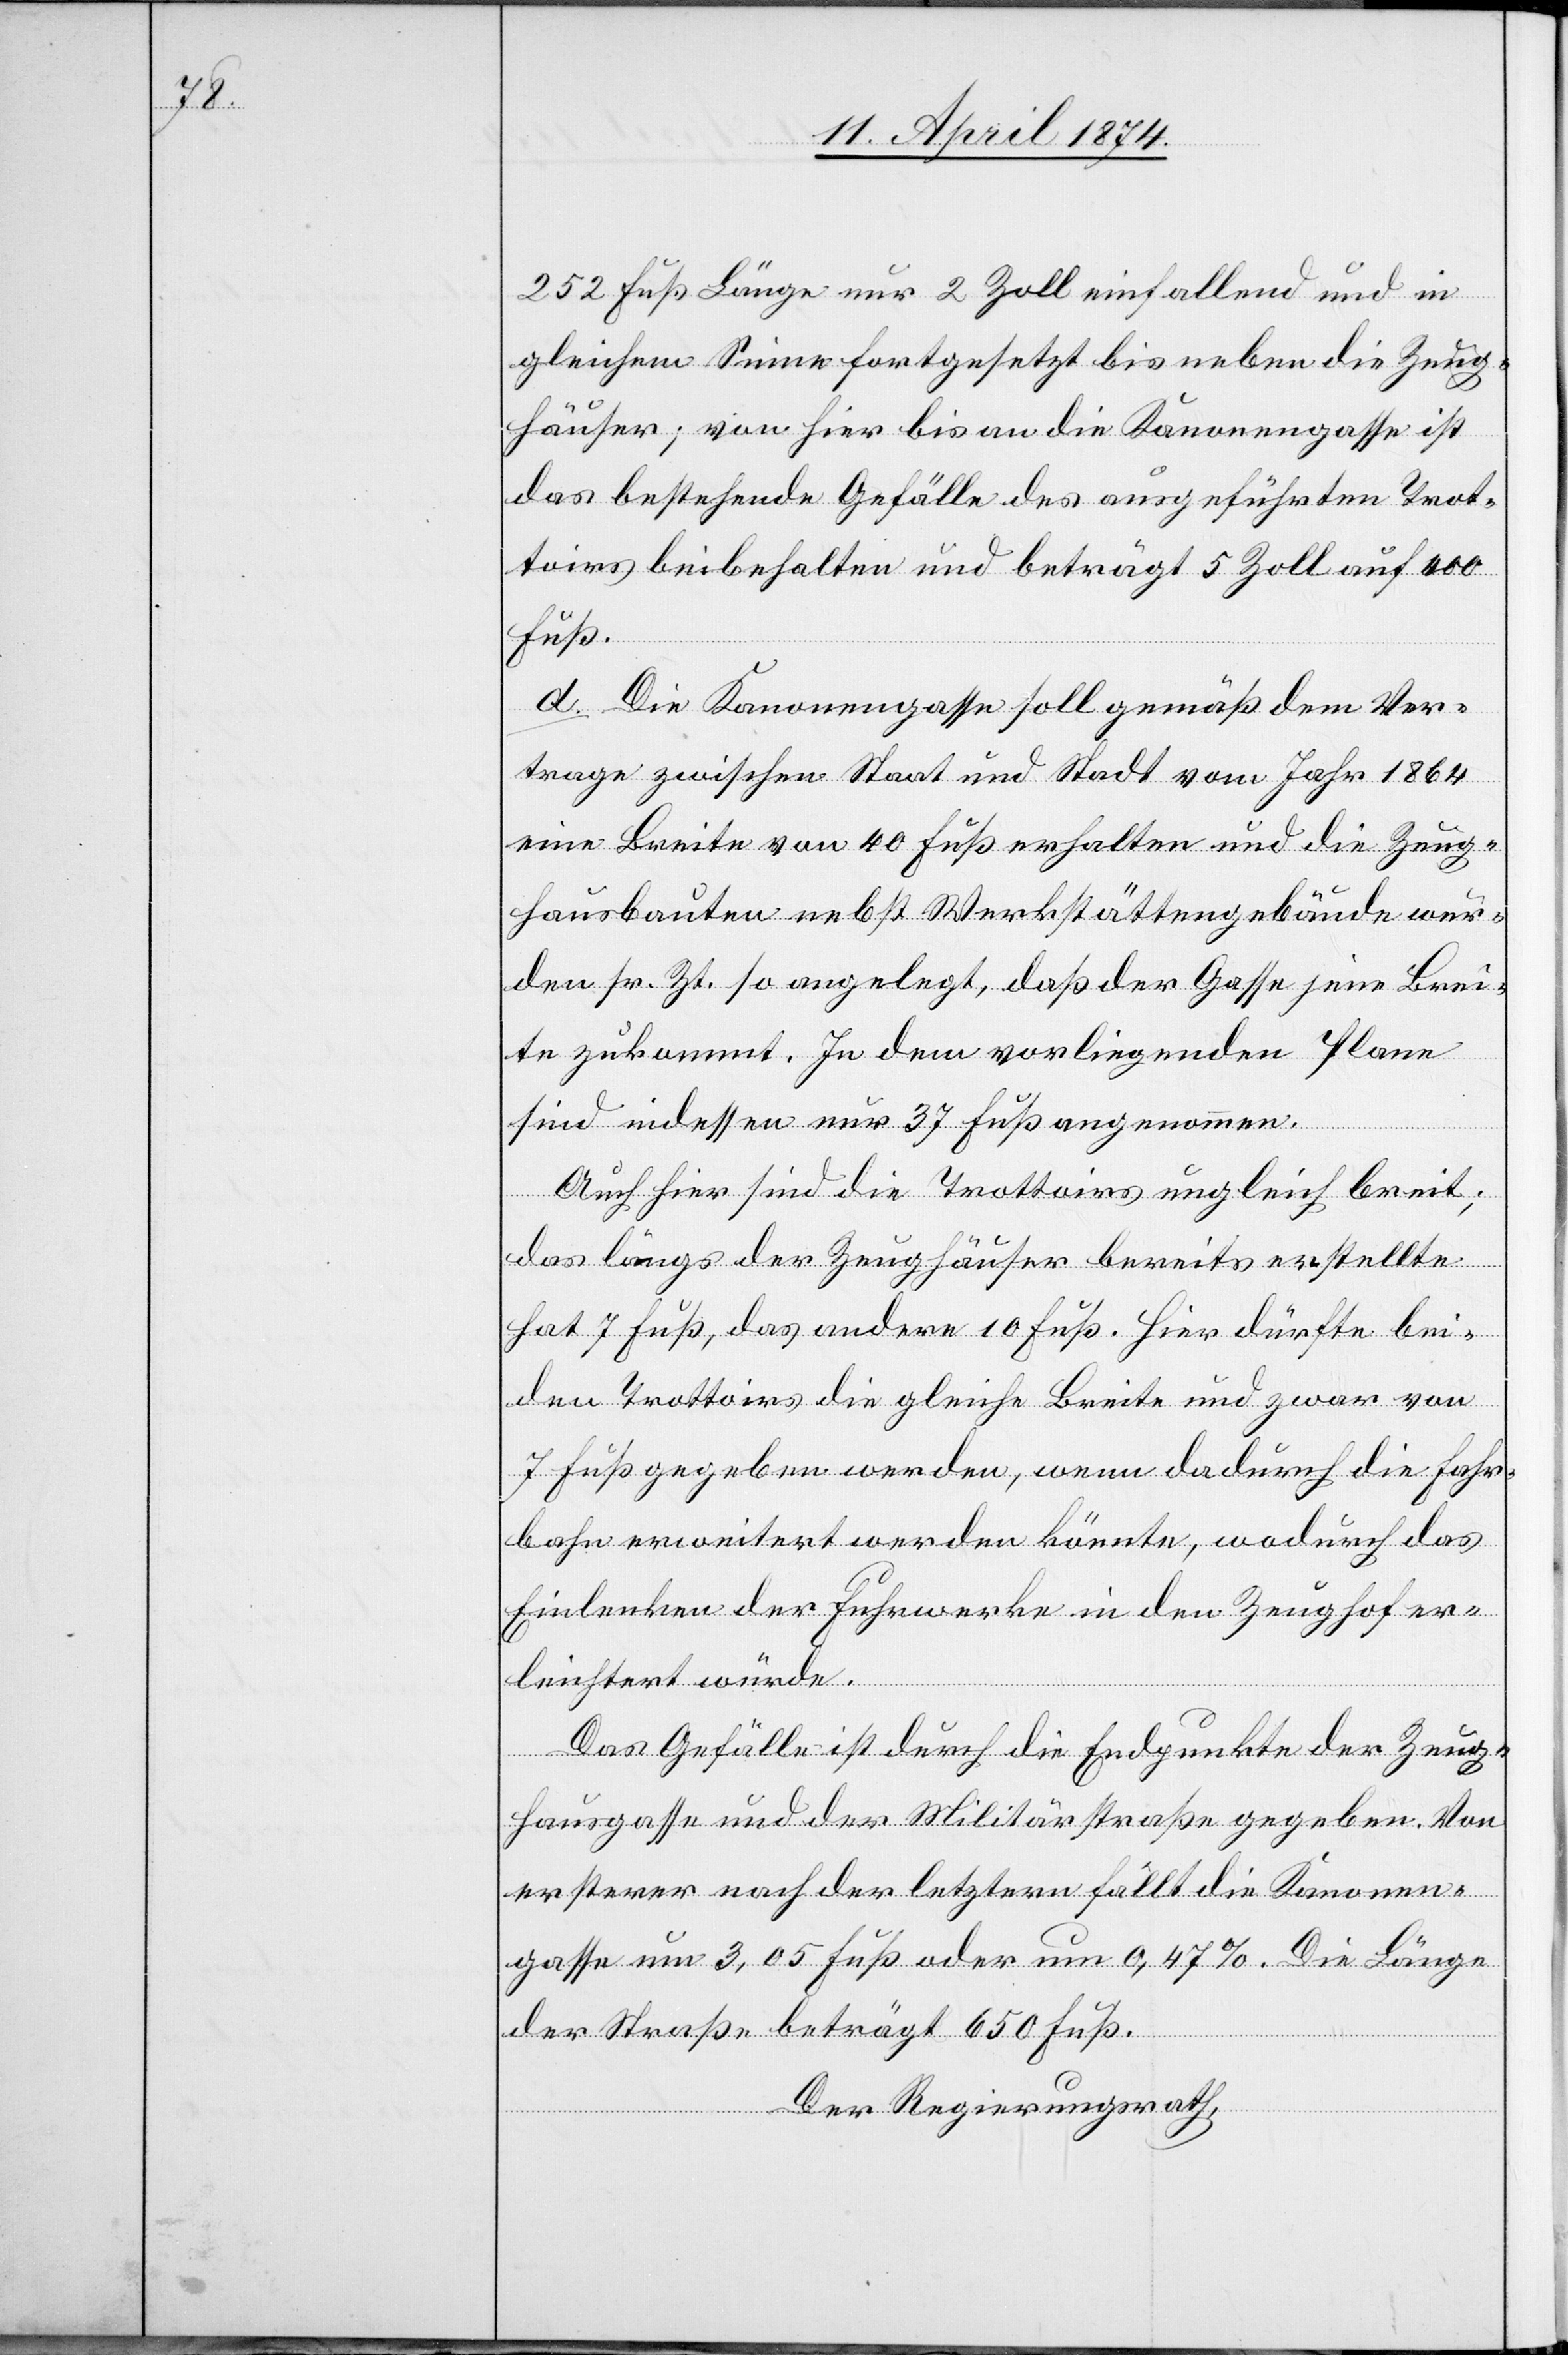
252 Fuß Länge nur 2 Zoll einfallend und in
gleichem Sinne fortgesetzt bis neben die Zeug¬
häuser; von hier bis an die Kanonengasse ist
das bestehende Gefälle des ausgeführten Trot¬
toirs beibehalten und beträgt 5 Zoll auf 400
Fuß.
d. Die Kanonengasse soll gemäß dem Ver¬
trage zwischen Staat und Stadt vom Jahr 1864
eine Breite von 40 Fuß erhalten und die Zeug¬
hausbauten nebst Werkstättengebäude wur¬
den sr. Zt. so angelegt, daß der Gasse jene Brei¬
te zukommt. In dem vorliegenden Plane
sind indessen nur 37 Fuß angenommen.
Auch hier sind die Trottoirs ungleich breit,
das längs der Zeughäuser bereits erstellte
hat 7 Fuß, das andere 10 Fuß. Hier dürfte bei¬
den Trottoirs die gleiche Breite und zwar von
7 Fuß gegeben werden, wenn dadurch die Fahr¬
bahn erweitert werden könnte, wodurch das
Einlenken der Fuhrwerke in den Zeughof er¬
leichtert würde.
Das Gefälle ist durch die Endpunkte der Zeug¬
hausgasse und der Militärstraße gegeben. Von
ersterer nach der letztern fällt die Kanonen¬
gasse um 3,05 Fuß oder um 0,47%. Die Länge
der Straße beträgt 650 Fuß.
Der Regierungsrath,